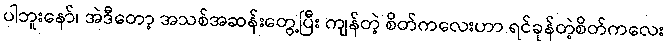
ပါဘူးနော်၊ အဲဒီတော့ အသစ်အဆန်းတွေ့ပြီး ကျန်တဲ့ စိတ်ကလေးဟာ ရင်ခုန်တဲ့စိတ်ကလေး